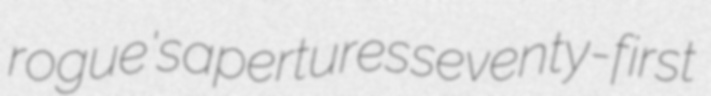
rogue's apertures seventy-first